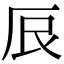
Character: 𫝕